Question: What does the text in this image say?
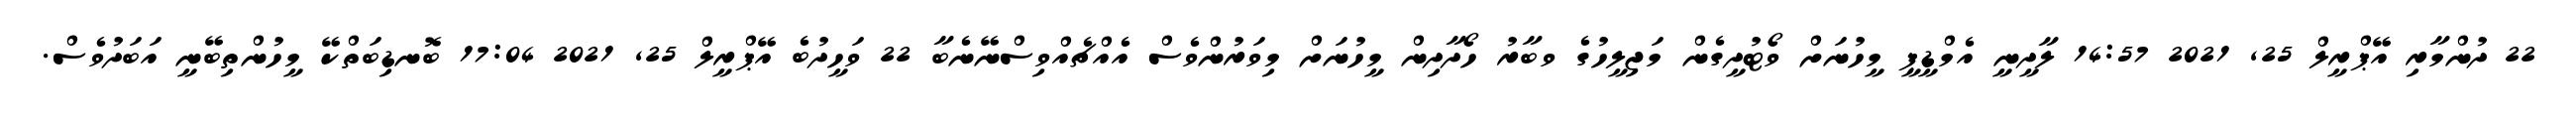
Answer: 22 ދުންމާރި އޭޕްރީލް 25, 2021 14:57 ލާދީނީ އެމްޑީޕީ މީހުނަށް ވޯޓުދީގެން މަޖިލީހުގެ ވބާރު ހޯދާދިން މީހުނަށް މިވަރުންވެސް އެއްޗެއްވިސްނޭނެބާ 22 ވަހީދުބެ އޭޕްރީލް 25, 2021 17:04 ބޮނޑިބަތްކޭ މީހުންތިބޭނީ އަބަދުވެސް.